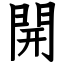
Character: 開